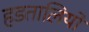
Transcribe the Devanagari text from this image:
हडतालियों